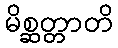
မိစ္ဆတ္တာတိ